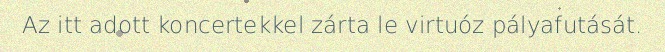
Az itt adott koncertekkel zárta le virtuóz pályafutását.